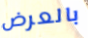
بالعرض